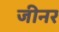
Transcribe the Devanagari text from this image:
जीनर